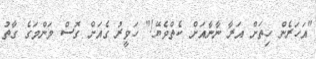
"އަހަރެން ހިތަށް އަރާ ނާނާއަށް ކެތްވެޔޭ!" ހަވީރު ގެއަށް ގޮސް މަންމަގެ ގާތު